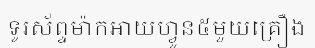
ទូរស័ព្ទម៉ាកអាយហ្វូន៥មួយគ្រឿង